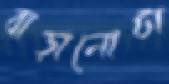
বাড়ানোটা